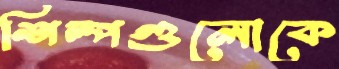
শিল্পগুলোকে